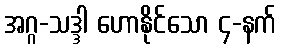
အဂ္ဂ-သဒ္ဒါ ဟောနိုင်သော ၄-နက်